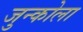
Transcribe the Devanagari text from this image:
जुन्कोला